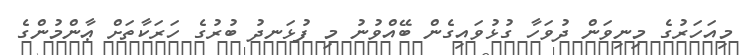
މިއަހަރުގެ މިނިވަން ދުވަހާ ގުޅުވައިގެން ބޭއްވުނު މި ފުޅަނދު ބުރުގެ ހަރަކާތަށް ޢާންމުންގެ